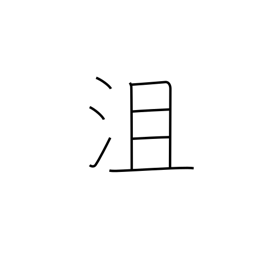
Meaning: defeated